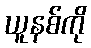
ယူနစ်ကို